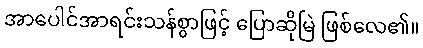
အာပေါင်အာရင်းသန်စွာဖြင့် ပြောဆိုမြဲ ဖြစ်လေ၏။